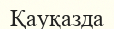
Қауқазда